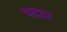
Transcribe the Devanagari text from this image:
पटार